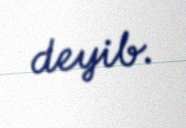
deyib.